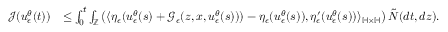
\begin{array} { r l } { \mathcal { J } ( u _ { \epsilon } ^ { \theta } ( t ) ) } & { \leq \int _ { 0 } ^ { t } \int _ { \mathbb { Z } } \left( \langle \eta _ { \epsilon } ( u _ { \epsilon } ^ { \theta } ( s ) + \mathcal { G } _ { \epsilon } ( z , x , u _ { \epsilon } ^ { \theta } ( s ) ) ) - \eta _ { \epsilon } ( u _ { \epsilon } ^ { \theta } ( s ) ) , \eta _ { \epsilon } ^ { \prime } ( u _ { \epsilon } ^ { \theta } ( s ) ) \rangle _ { \mathbb { H } \times \mathbb { H } } \right) \tilde { N } ( d t , d z ) . } \end{array}